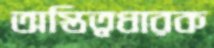
অস্তিত্বধারক